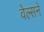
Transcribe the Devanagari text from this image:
वेल्सने